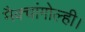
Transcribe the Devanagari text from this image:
मैक्चांगोल्ही।